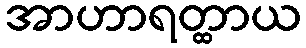
အာဟာရတ္ထာယ